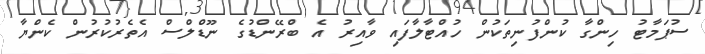
ސުޕަމާޓު ހިންގާ ކުންފުނިތަކުން ހުއްޓާލާފައި ވާއިރު އެ ބްރޭންޑުގެ ނޫޑްލްސް އެތެރުކުރުން ކެންޔާ